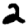
Digit: 2